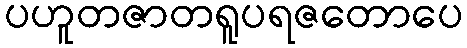
ပဟူတဇာတရူပရဇတောပေ